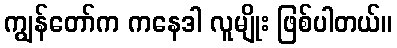
ကျွန်တော်က ကနေဒါ လူမျိုး ဖြစ်ပါတယ်။